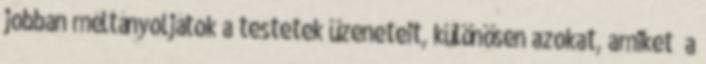
jobban méltányoljátok a testetek üzeneteit, különösen azokat, amiket „a